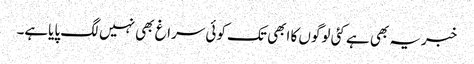
خبریہ بھی ہے کئی لوگوں کا ابھی تک کوئی سراغ بھی نہیں لگ پایاہے۔